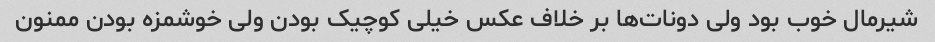
شیرمال خوب بود ولی دونات‌ها بر خلاف عکس خیلی کوچیک بودن ولی خوشمزه بودن ممنون